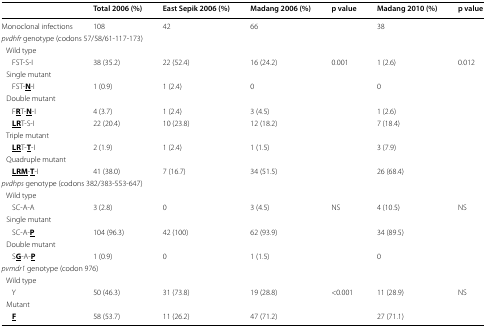
|  | Total 2006 (%) | East Sepik 2006 (%) | Madang 2006 (%) | p value | Madang 2010 (%) | p value |
 | --- | --- | --- | --- | --- | --- | --- |
 | Monoclonal infections | 108 | 42 | 66 |  | 38 |  |
 | <COLSPAN=7> pvdhfr genotype (codons 57/58/61-117-173) |
 | <COLSPAN=7> Wild type |
 | FST-S-I | 38 (35.2) | 22 (52.4) | 16 (24.2) | 0.001 | 1 (2.6) | 0.012 |
 | <COLSPAN=7> Single mutant |
 | FST-<underline>N</underline>-I | 1 (0.9) | 1 (2.4) | 0 |  | 0 |  |
 | <COLSPAN=7> Double mutant |
 | F<underline>R</underline>T-<underline>N</underline>-I | 4 (3.7) | 1 (2.4) | 3 (4.5) |  | 1 (2.6) |  |
 | <underline>LR</underline>T-S-I | 22 (20.4) | 10 (23.8) | 12 (18.2) |  | 7 (18.4) |  |
 | <COLSPAN=7> Triple mutant |
 | <underline>LR</underline>T-<underline>T</underline>-I | 2 (1.9) | 1 (2.4) | 1 (1.5) |  | 3 (7.9) |  |
 | <COLSPAN=7> Quadruple mutant |
 | <underline>LRM</underline>-<underline>T</underline>-I | 41 (38.0) | 7 (16.7) | 34 (51.5) |  | 26 (68.4) |  |
 | <COLSPAN=7> pvdhps genotype (codons 382/383-553-647) |
 | <COLSPAN=7> Wild type |
 | SC-A-A | 3 (2.8) | 0 | 3 (4.5) | NS | 4 (10.5) | NS |
 | <COLSPAN=7> Single mutant |
 | SC-A-<underline>P</underline> | 104 (96.3) | 42 (100) | 62 (93.9) |  | 34 (89.5) |  |
 | <COLSPAN=7> Double mutant |
 | S<underline>G</underline>-A-<underline>P</underline> | 1 (0.9) | 0 | 1 (1.5) |  | 0 |  |
 | <COLSPAN=7> pvmdr1 genotype (codon 976) |
 | <COLSPAN=7> Wild type |
 | Y | 50 (46.3) | 31 (73.8) | 19 (28.8) | <0.001 | 11 (28.9) | NS |
 | <COLSPAN=7> Mutant |
 | <underline>F</underline> | 58 (53.7) | 11 (26.2) | 47 (71.2) |  | 27 (71.1) |  |